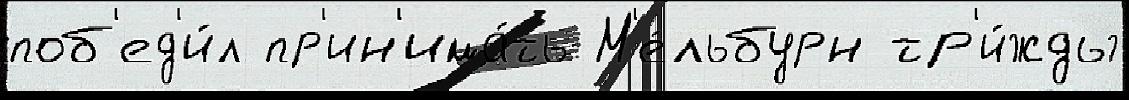
поб'ед'и́л пр'ин'има́ть М'е́льбурн тр'и́жды